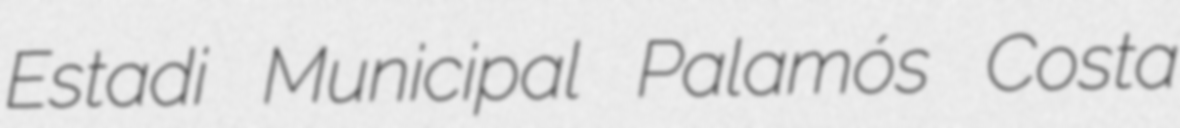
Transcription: Estadi Municipal Palamós Costa